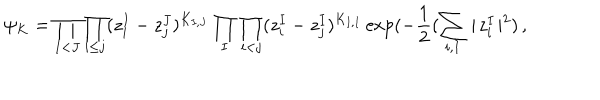
\psi _ { K } = \prod _ { I < J } \prod _ { i \leq j } ( z _ { i } ^ { I } - z _ { j } ^ { J } ) ^ { K _ { I , J } } \prod _ { I } \prod _ { i < j } ( z _ { i } ^ { I } - z _ { j } ^ { I } ) ^ { K _ { I , I } } \exp ( - { \frac { 1 } { 2 } } ( \sum _ { i , I } \mid \! z _ { i } ^ { I } \! \mid ^ { 2 } ) \, ,